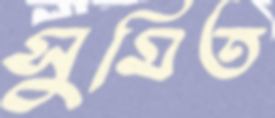
সুমিত